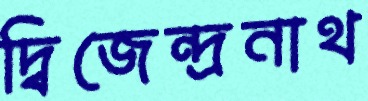
দ্বিজেন্দ্রনাথ